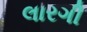
લારગી